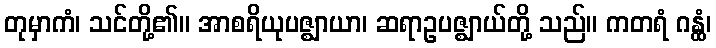
တုမှာကံ၊ သင်တို့၏။ အာစရိယုပဇ္ဈာယာ၊ ဆရာဥပဇ္ဈာယ်တို့ သည်။ ကတရံ ဂန္ထံ၊